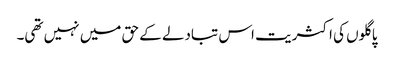
پاگلوں کی اکثریت اس تبادلے کے حق میں نہیں تھی۔